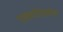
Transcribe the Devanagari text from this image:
पत्रकारितेवरील